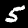
Digit: 5